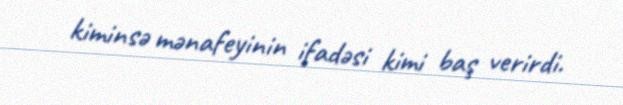
kiminsə mənafeyinin ifadəsi kimi baş verirdi.